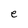
Character: e